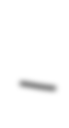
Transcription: –